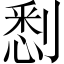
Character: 𠞹